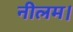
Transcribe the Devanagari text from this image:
नीलम।